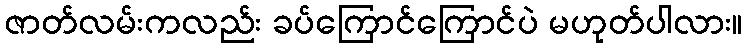
ဇာတ်လမ်းကလည်း ခပ်ကြောင်ကြောင်ပဲ မဟုတ်ပါလား။